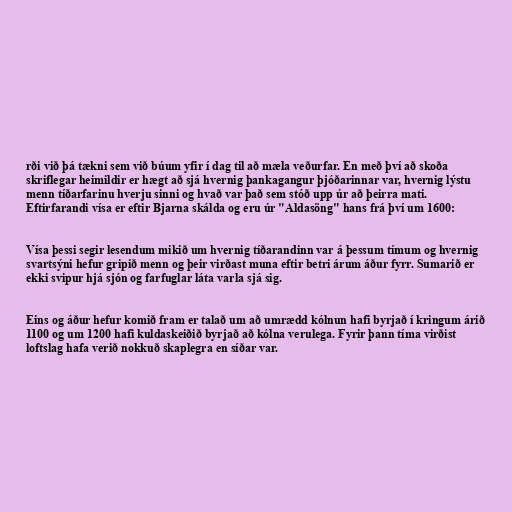
rði við þá tækni sem við búum yfir í dag til að mæla veðurfar. En með því að skoða
skriflegar heimildir er hægt að sjá hvernig þankagangur þjóðarinnar var, hvernig lýstu
menn tíðarfarinu hverju sinni og hvað var það sem stóð upp úr að þeirra mati.
Eftirfarandi vísa er eftir Bjarna skálda og eru úr "Aldasöng" hans frá því um 1600:

Vísa þessi segir lesendum mikið um hvernig tíðarandinn var á þessum tímum og hvernig
svartsýni hefur gripið menn og þeir virðast muna eftir betri árum áður fyrr. Sumarið er
ekki svipur hjá sjón og farfuglar láta varla sjá sig.

Eins og áður hefur komið fram er talað um að umrædd kólnun hafi byrjað í kringum árið
1100 og um 1200 hafi kuldaskeiðið byrjað að kólna verulega. Fyrir þann tíma virðist
loftslag hafa verið nokkuð skaplegra en síðar var.